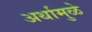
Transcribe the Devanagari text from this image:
अर्थामुळे